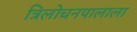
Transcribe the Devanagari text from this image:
त्रिलोचनपालाला